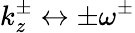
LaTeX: k_{z}^{\pm}\leftrightarrow\pm\omega^{\pm}